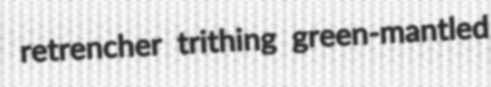
retrencher trithing green-mantled